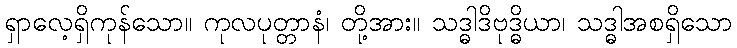
ရှာလေ့ရှိကုန်သော။ ကုလပုတ္တာနံ၊ တို့အား။ သဒ္ဓါဒိဗုဒ္ဓိယာ၊ သဒ္ဓါအစရှိသော